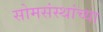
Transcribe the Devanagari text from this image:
सोमसंस्थांच्या